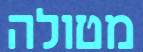
מטולה